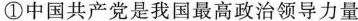
①中国共产党是我国最高政治领导力量